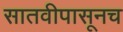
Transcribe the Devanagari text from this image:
सातवीपासूनच